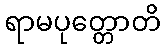
ရာမပုတ္တောတိ